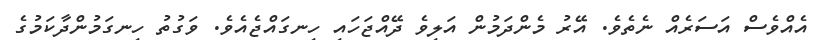
އެއްވެސް އަސަރެއް ނެތެވެ. އޭރު މެންދަމުން އަލިވެ ދޭއްޖަހައި ހިނގައްޖެއެވެ. ވަގުތު ހިނގަމުންދާކަމުގެ